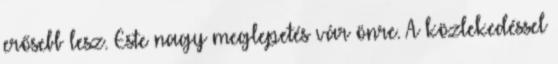
erősebb lesz. Este nagy meglepetés vár önre. A közlekedéssel